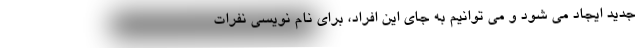
جدید ایجاد می شود و می توانیم به جای این افراد، برای نام نویسی نفرات